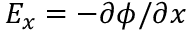
E _ { x } = - \partial \phi / \partial x